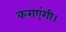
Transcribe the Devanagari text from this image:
कराएंगी।